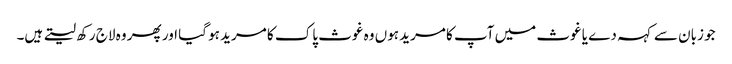
جو زبان سے کہہ دے یا غوث میں آپ کا مرید ہوں وہ غوث پاک کا مرید ہو گیا اور پھر وہ لاج رکھ لیتے ہیں۔